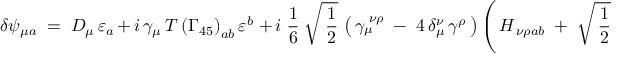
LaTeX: \delta \psi _ { \mu a } \; = \; D _ { \mu } \, \varepsilon _ { a } \, + \, i \, \gamma _ { \mu } \, T \left( \Gamma _ { 4 5 } \right) _ { a b } \varepsilon ^ { b } \; + \, i \; \frac { 1 } { 6 } \; \sqrt { \, \frac { 1 } { 2 } } \, \left( \, \gamma _ { \mu } ^ { \; \nu \rho } \; - \; 4 \, \delta _ { \mu } ^ { \nu } \, \gamma ^ { \rho } \, \right) \left( \, H _ { \, \nu \rho a b } \; + \; \sqrt { \, \frac { 1 } { 2 } } \, h _ { \, \nu \rho a b } \, \right) \varepsilon ^ { b } ,